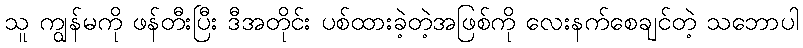
သူ ကျွန်မကို ဖန်တီးပြီး ဒီအတိုင်း ပစ်ထားခဲ့တဲ့အဖြစ်ကို လေးနက်စေချင်တဲ့ သဘောပါ